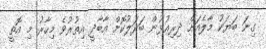
ގިނަ ބަޔަކު މާލެއަށް ދިރިއުޅުން ބަދަލުކޮށް އާބާދީ އިތުރުވެ މިހާރު މި އޮތީ